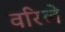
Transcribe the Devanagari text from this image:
वरिले